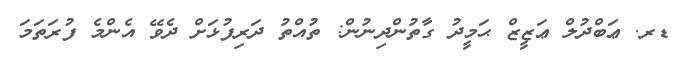
ޑރ. ޢަބްދުލް ޢަޒީޒް ޙަމީދު ގާތުންދިނުން: ތުއްތު ދަރިފުޅަށް ދެވޭ އެންމެ ފުރަތަމަ